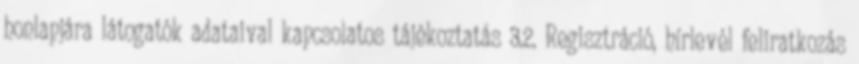
honlapjára látogatók adataival kapcsolatos tájékoztatás 3.2. Regisztráció, hírlevél feliratkozás